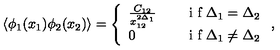
\langle \phi _ { 1 } ( x _ { 1 } ) \phi _ { 2 } ( x _ { 2 } ) \rangle = \left\{ \begin{array} { l l } { \frac { C _ { 1 2 } } { x _ { 1 2 } ^ { 2 \Delta _ { 1 } } } } & { \quad \textrm { i f } \Delta _ { 1 } = \Delta _ { 2 } \medskip } \\ { 0 } & { \quad \textrm { i f } \Delta _ { 1 } \neq \Delta _ { 2 } } \\ \end{array} \right. ,